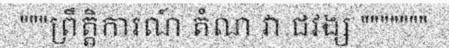
"""ព្រឹត្តិការណ៍ តំណ វា ជវង្ស """""""